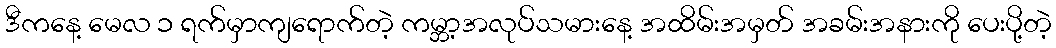
ဒီကနေ့ မေလ ၁ ရက်မှာကျရောက်တဲ့ ကမ္ဘာ့အလုပ်သမားနေ့ အထိမ်းအမှတ် အခမ်းအနားကို ပေးပို့တဲ့